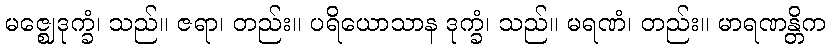
မဇ္ဈေဒုက္ခံ၊ သည်။ ဇရာ၊ တည်း။ ပရိယောသာန ဒုက္ခံ၊ သည်။ မရဏံ၊ တည်း။ မာရဏန္တိက